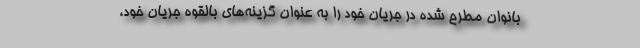
بانوان مطرح شده در جریان خود را به عنوان گزینه‌های بالقوه جریان خود،